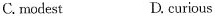
C.modest D.curious